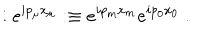
: e ^ { i p _ { \mu } x _ { \mu } } : \equiv e ^ { i p _ { m } x _ { m } } e ^ { i p _ { 0 } x _ { 0 } } ~ .